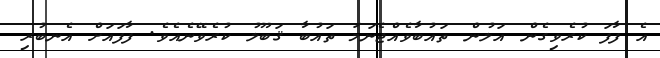
އެ ފާފަ ކުރެވިގެން އަލުން ތައުބާވެއްޖެނަމަ ތައުބާ ޤަބޫލު ކުރެވޭނެއެވެ. ފާފައަށް އެނބުރި